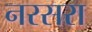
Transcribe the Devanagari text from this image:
नरसरा